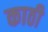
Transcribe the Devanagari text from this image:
काठी